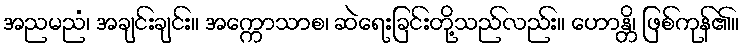
အညမညံ၊ အချင်းချင်း။ အက္ကောသာစ၊ ဆဲရေးခြင်းတို့သည်လည်း။ ဟောန္တိ၊ ဖြစ်ကုန်၏။